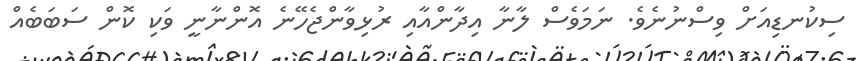
ސިކުނޑިއަށް ވިސްނުނެވެ. ނަމަވެސް ލާނާ އިދާންއާއި ރުޅިވާންޖެހޭނެ އޮންނާނީ ވަކި ކޮން ސަބަބެއް